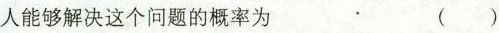
人能够解决这个问题的概率为 ( )